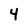
Character: 4